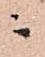
ニ